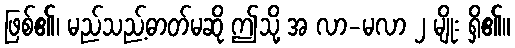
ဖြစ်၏၊ မည်သည့်ဓာတ်မဆို ဤသို့ အ လာ-မလာ ၂ မျိုး ရှိ၏။